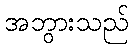
အဘွားသည်